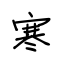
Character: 寒